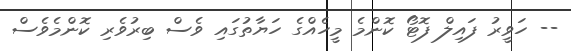
-- ހަވީރު ފައިލް ފޮޓޯ ކޮންމެ މީހެއްގެ ހަޔާތުގައި ވެސް ބިރުވެރި ކޮންމެވެސް